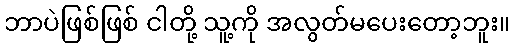
ဘာပဲဖြစ်ဖြစ် ငါတို့ သူ့ကို အလွတ်မပေးတော့ဘူး။